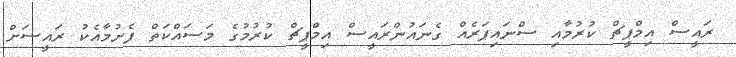
ރައީސް އިމްޕީޗް ކުރުމާއި ސްނައިޕަރެއް ގެނައުންރައީސް އިމްޕީޗް ކުރުމުގެ މަސައްކަތް ފެށުމާއެކު ރައީސަށް